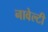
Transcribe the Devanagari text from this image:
नावेल्टी